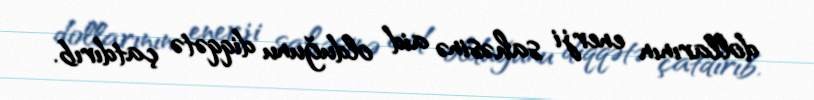
dollarının enerji sahəsinə aid olduğunu diqqətə çatdırıb.